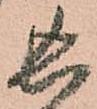
長